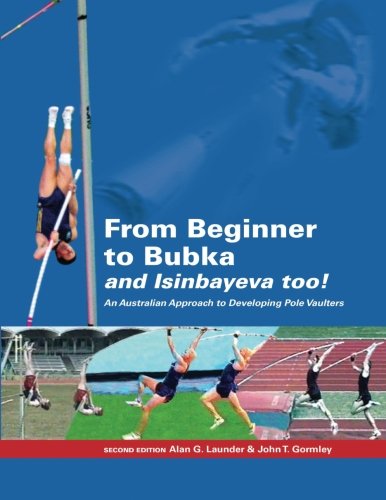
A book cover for From Beginner to Bubka: An Australian Approach to Developing Pole Vaulters; Alan G. Launder; Sports & Outdoors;